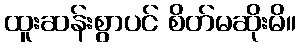
ထူးဆန်းစွာပင် စိတ်မဆိုးမိ။